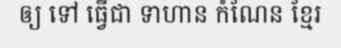
ឲ្យ ទៅ ធ្វើជា ទាហាន កំណែន ខ្មែរ